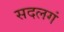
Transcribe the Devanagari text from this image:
सदलगं